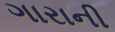
ગારાની